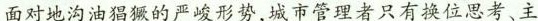
面对地沟油猖獗的严峻形势，城市管理者只有换位思考、主